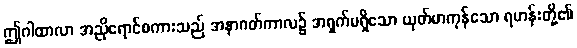
ဤဂါထာလာ အညိုရောင်စကားသည် အနာဂတ်ကာလ၌ အရှက်မရှိသော ယုတ်မာကုန်သော ရဟန်းတို့၏